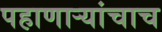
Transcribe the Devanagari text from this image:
पहाणाऱ्यांचाच